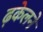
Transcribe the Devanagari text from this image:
ढ़केलने